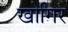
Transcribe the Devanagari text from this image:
खोगिर